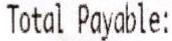
TOTAL PAYABLE: